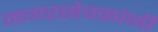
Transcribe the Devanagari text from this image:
नगरसेवकांनी